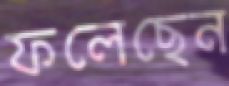
ফলেছেন